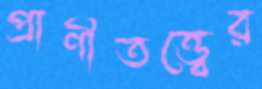
প্রাণীতত্ত্বের